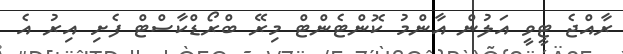
ރާއްޖެ ޓީވީ އަލުން އާންމު ކޮންޓެންޓް މިރޭ ބްރޯޑްކާސްޓް ފެށި އިރު އެ